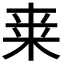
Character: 𭪀